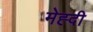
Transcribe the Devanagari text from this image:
मेह्दी